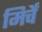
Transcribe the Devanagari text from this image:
मिर्चें